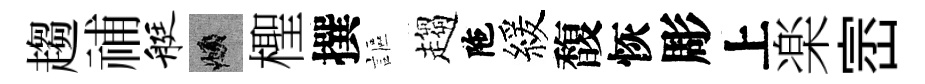
趨𥙷艇頫檉撰謳趨陁緩馥恢彫上楽崈